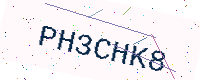
Text: PH3CHK8